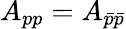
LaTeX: A_{pp}=A_{\bar{p}\bar{p}}